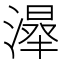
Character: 𣼦